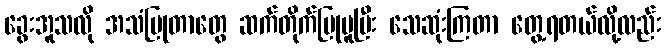
ခွေးအူသလို အသံပြုတာတွေ ဆက်တိုက်ပြုမူပြီး သေဆုံးကြတာ တွေ့ရတယ်လို့လည်း